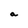
Character: a